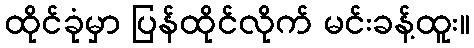
ထိုင်ခုံမှာ ပြန်ထိုင်လိုက် မင်းခန့်ထူး။